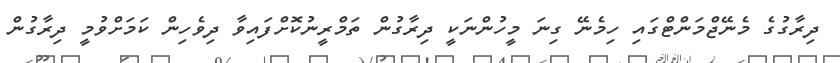
ދިރާގުގެ މެނޭޖްމަންޓްގައި ހިމެނޭ ގިނަ މީހުންނަކީ ދިރާގުން ތަމްރީނުކޮށްފައިވާ ދިވެހިން ކަމަށްވުމީ ދިރާގުން